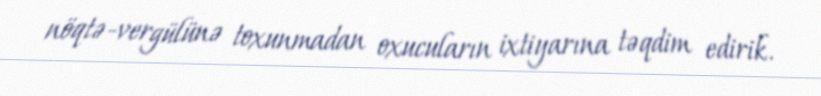
nöqtə-vergülünə toxunmadan oxucuların ixtiyarına təqdim edirik.